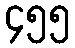
၄၅၅